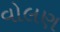
વોલણ